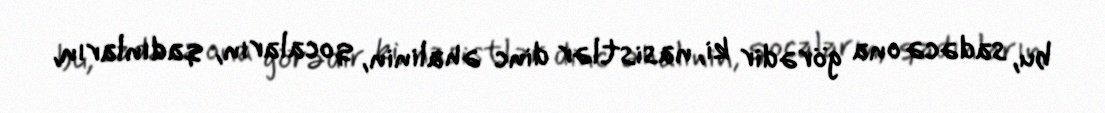
bu, sadəcə ona görədir ki, nasistlər dinc əhalinin, qocaların, qadınların,